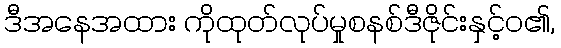
ဒီအနေအထား ကိုထုတ်လုပ်မှုစနစ်ဒီဇိုင်းနှင့်ဝ၏,